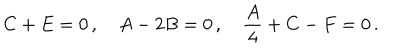
C + E = 0 \, , \quad A - 2 B = 0 \, , \quad \frac { A } { 4 } + C - F = 0 \, .